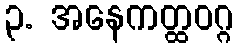
၃. အနေကတ္ထဝဂ္ဂ